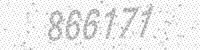
Solution: 866171